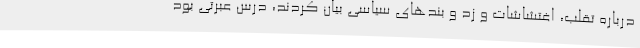
درباره تقلب، اغتشاشات و زد و بندهای سیاسی بیان کردند، درس عبرتی بود